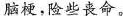
脑梗，险些丧命。